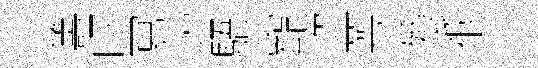
籌吁冩贮䮏寵盗萼飱祇